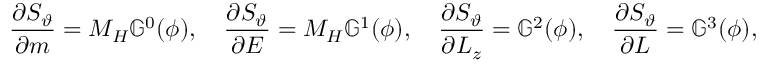
\frac { \partial S _ { \vartheta } } { \partial m } = M _ { H } \mathbb { G } ^ { 0 } ( \phi ) , \quad \frac { \partial S _ { \vartheta } } { \partial E } = M _ { H } \mathbb { G } ^ { 1 } ( \phi ) , \quad \frac { \partial S _ { \vartheta } } { \partial L _ { z } } = \mathbb { G } ^ { 2 } ( \phi ) , \quad \frac { \partial S _ { \vartheta } } { \partial L } = \mathbb { G } ^ { 3 } ( \phi ) ,